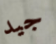
جيد